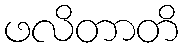
ဖလိတာတိ